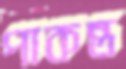
পাকন্ত